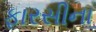
ફારસીના